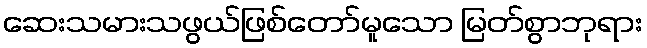
ဆေးသမားသဖွယ်ဖြစ်တော်မူသော မြတ်စွာဘုရား